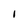
Character: I